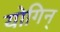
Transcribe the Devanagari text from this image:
योगिन्